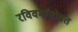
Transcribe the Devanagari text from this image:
रविवर्मांसोबत